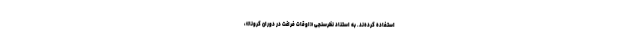
استفاده کرده­‌ند. به استناد نظرسنجی «اوقات فراغت در دوران کرونا»،